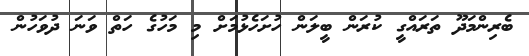
ބެރިންމަދޫ ތަރައްގީ ކުރަން ބީލަން ހުށަހެޅުމަށް މި މަހުގެ ހަތް ވަނަ ދުވަހުން